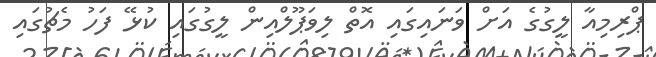
ޕްރިމިއާ ލީގުގެ އަށް ވަނައިގައި އޮތް ލިވަޕޫލްއިން ލީގުގައި ކުޅޭ ފަހު މެޗުގައި